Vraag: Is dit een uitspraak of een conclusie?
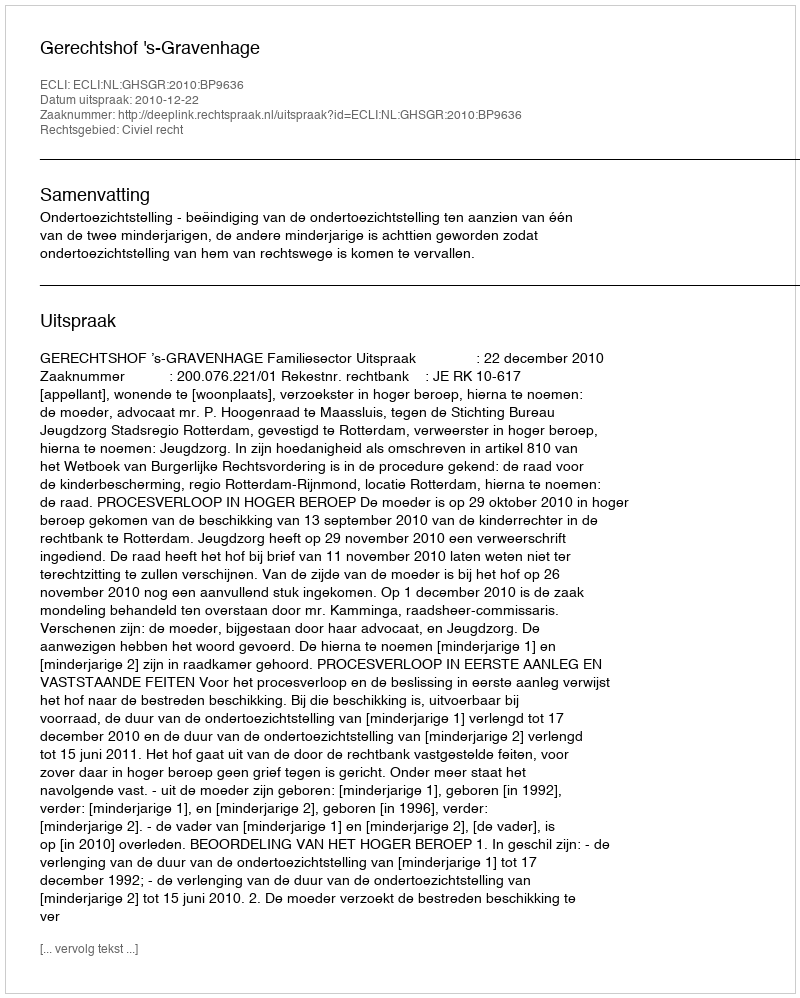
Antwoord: Uitspraak